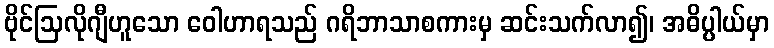
ဗိုင်ဩလိုဂျီဟူသော ဝေါဟာရသည် ဂရိဘာသာစကားမှ ဆင်းသက်လာ၍၊ အဓိပ္ပါယ်မှာ